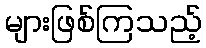
များဖြစ်ကြသည့်